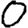
Digit: 0